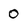
Character: 0